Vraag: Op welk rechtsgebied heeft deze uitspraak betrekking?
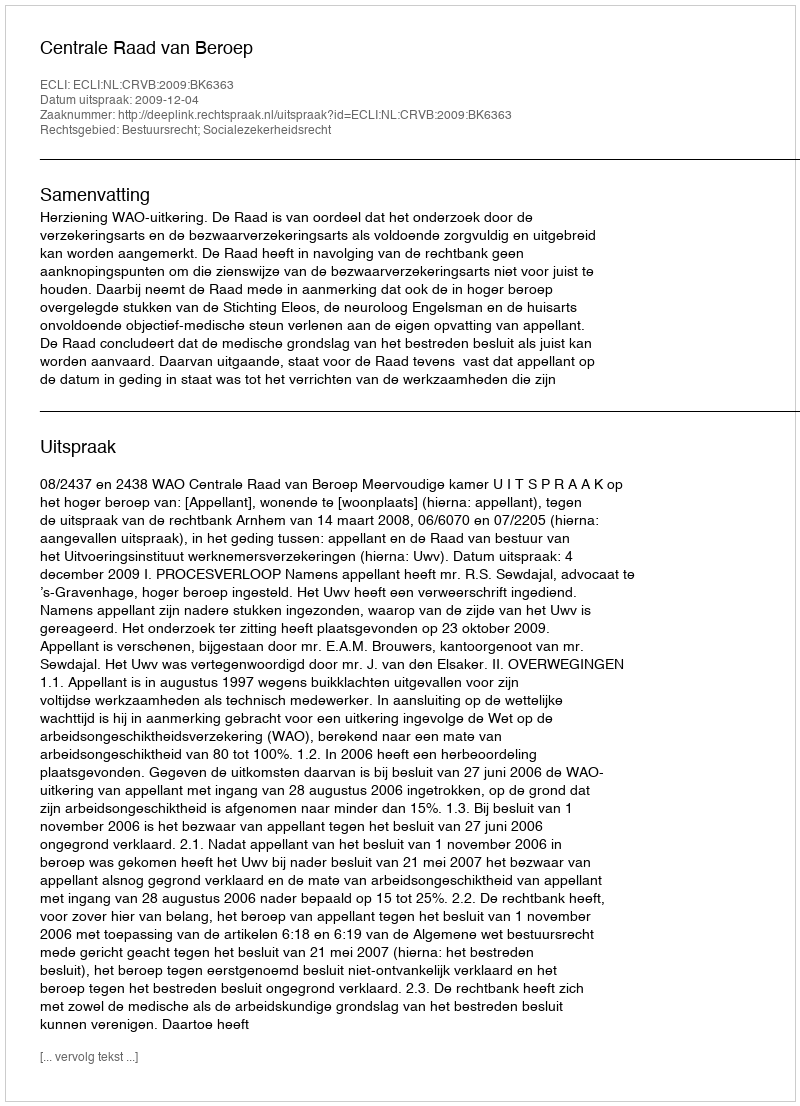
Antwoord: Bestuursrecht; Socialezekerheidsrecht